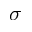
\sigma